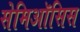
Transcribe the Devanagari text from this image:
सेमिऑसिस